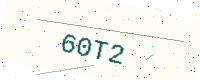
Text: 60T2